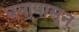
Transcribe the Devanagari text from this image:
धनापासून